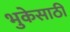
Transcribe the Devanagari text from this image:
भुकेसाठी